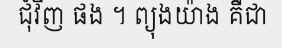
ជុំវិញ ផង ។ ព្យុងយ៉ាង គឺជា